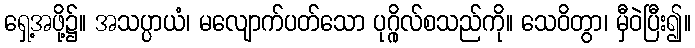
ရှေ့အဖို့၌။ အသပ္ပာယံ၊ မလျောက်ပတ်သော ပုဂ္ဂိုလ်စသည်ကို။ သေဝိတွာ၊ မှီဝဲပြီး၍။